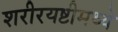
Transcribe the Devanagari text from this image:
शरीरयष्टीमध्ये